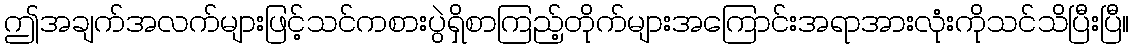
ဤအချက်အလက်များဖြင့်သင်ကစားပွဲရှိစာကြည့်တိုက်များအကြောင်းအရာအားလုံးကိုသင်သိပြီးပြီ။